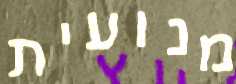
מנועית